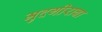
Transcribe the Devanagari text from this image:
मुदगीराबा